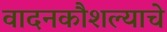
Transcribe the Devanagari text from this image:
वादनकौशल्याचे